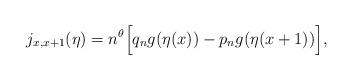
LaTeX: \begin{align*} j_{x,x+1}(\eta)=n^{\theta}\Big[q_ng(\eta(x)) - p_ng(\eta(x+1))\Big],\end{align*}